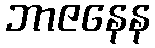
ဘာဇနေန